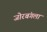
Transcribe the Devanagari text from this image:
जोरबंगला